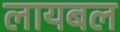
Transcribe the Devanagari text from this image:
लायबल